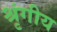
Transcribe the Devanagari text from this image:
श्रृंगीय